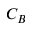
C _ { B }